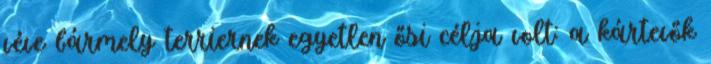
véve bármely terriernek egyetlen ősi célja volt: a kártevők